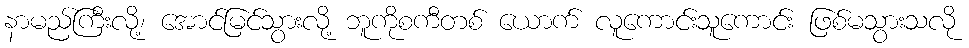
နာမည်ကြီးလို့၊ အောင်မြင်သွားလို့ ဘူကိုစကီတစ် ယောက် လူကောင်းသူကောင်း ဖြစ်မသွားသလို